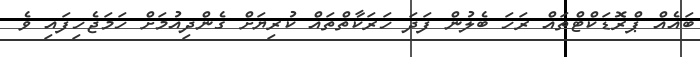
ބައެއް ޕްރޮޑަކްޓްތައް ރަހަ ބެލުން ފަދަ ހަރަކާތްތައް ކުރިޔަށް ގެންދިއުމަށް ހަމަޖެހިފައި ވެ